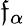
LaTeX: \mathfrak{f}_{\alpha}